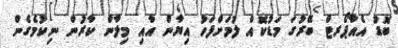
ބޮޑު އެއާޕޯރޓް ބޭރުގަ މަޑުކޮއް ލުމަށްފަހު އިޔާން އާއި މިލާން ކާރުން ނިކުމެގެން